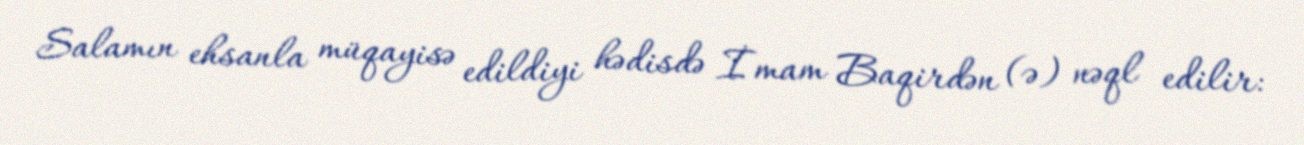
Salamın ehsanla müqayisə edildiyi hədisdə İmam Baqirdən (ə) nəql edilir: